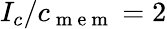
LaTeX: I_{c}/c_{\mathrm{~m~e~m~}}=2